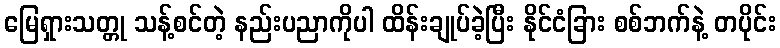
မြေရှားသတ္တု သန့်စင်တဲ့ နည်းပညာကိုပါ ထိန်းချုပ်ခဲ့ပြီး နိုင်ငံခြား စစ်ဘက်နဲ့ တပိုင်း